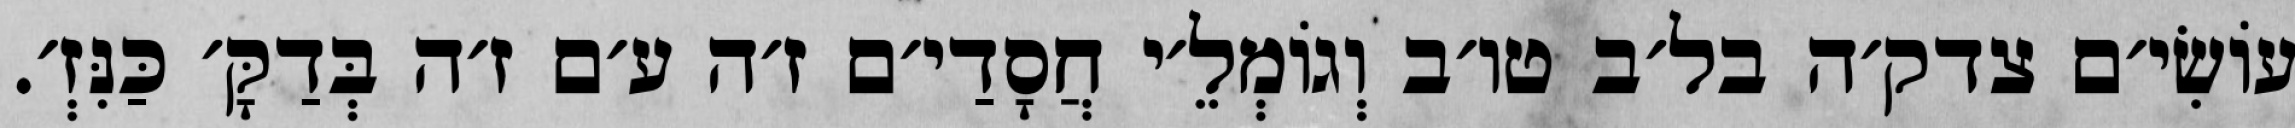
עוֹשִׂי׳ם צדק׳ה בל׳ב טו׳ב וְגוֹמְלֵ׳י חֲסָדַי׳ם ז׳ה ע׳ם ז׳ה בְּדַקָּ׳ כַּנִּזְ׳.